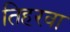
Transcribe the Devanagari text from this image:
तिहरवा